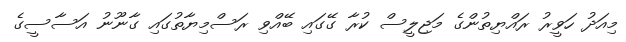
މިއަދު ހަވީރު ރައްޔިތުންގެ މަޖިލީސް ކުރާ ގޭގައި ބޭއްވި ރަސްމިޔާތުގައި ގާނޫނު އަސާސީގެ